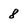
Character: 8